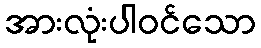
အားလုံးပါဝင်သော